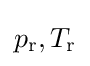
p_{\text{r}},T_{\text{r}}